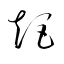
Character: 矩